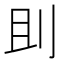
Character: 刞